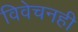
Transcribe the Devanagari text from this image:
विवेचनही